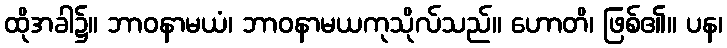
ထိုအခါ၌။ ဘာဝနာမယံ၊ ဘာဝနာမယကုသိုလ်သည်။ ဟောတိ၊ ဖြစ်၏။ ပန၊